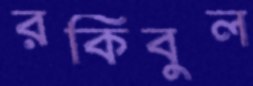
রকিবুল